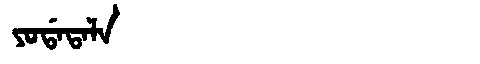
Manchu: ᠶᠣᡩᠠᡨᠠᠯᠠ
Romanization: YODATALA